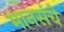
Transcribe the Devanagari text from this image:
मानसंचे